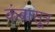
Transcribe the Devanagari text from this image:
कंबासूत्र